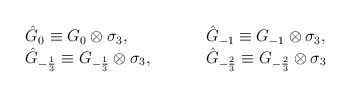
\begin{align*}\begin{array}{lcccl} \hat G_{0} \equiv G_{0}\otimes \sigma_3, &&&&\hat G_{-1} \equiv G_{-1}\otimes \sigma_3,\\ \hat G_{-\frac{1}{3}} \equiv G_{-\frac{1}{3}}\otimes \sigma_3, &&&& \hat G_{-\frac{2}{3}} \equiv G_{-\frac{2}{3}}\otimes \sigma_3\end{array}\end{align*}